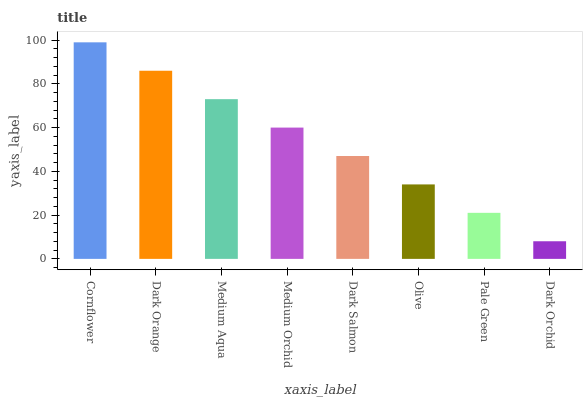
| xaxis_label | bars |
 | --- | --- |
 | Cornflower | 99 |
 | Dark Orange | 86 |
 | Medium Aqua | 73 |
 | Medium Orchid | 60 |
 | Dark Salmon | 47 |
 | Olive | 34 |
 | Pale Green | 21 |
 | Dark Orchid | 8.06 |